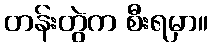
တန်းတွဲက စီးရမှာ။